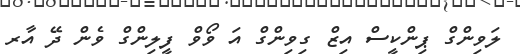
ލަވިންގް ޕިންކީސް އިޒް ގިވިންގް އަ ވޯވް ފީލިންގް ވެން ދޭ އާރ